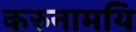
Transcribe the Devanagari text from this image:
करुनामयि